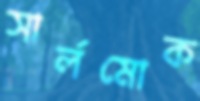
সার্লমোক